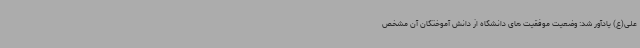
علی(ع) یادآور شد: وضعیت موفقیت های دانشگاه از دانش آموختگان آن مشخص